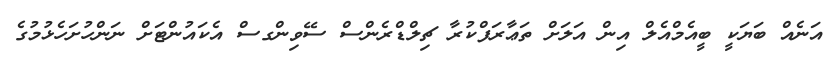
އަނެއް ބަޔަކީ ބީއެމްއެލް އިން އަލަށް ތަޢާރަފްކުރާ ޗިލްޑްރެންސް ސޭވިންގސް އެކައުންޓަށް ނަންހުށަހެޅުމުގެ